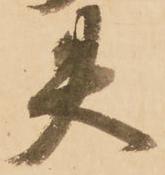
失